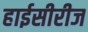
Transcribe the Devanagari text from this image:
हाईसीरीज